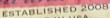
ESTABLISHED 2008